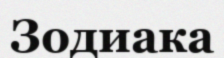
Зодиака